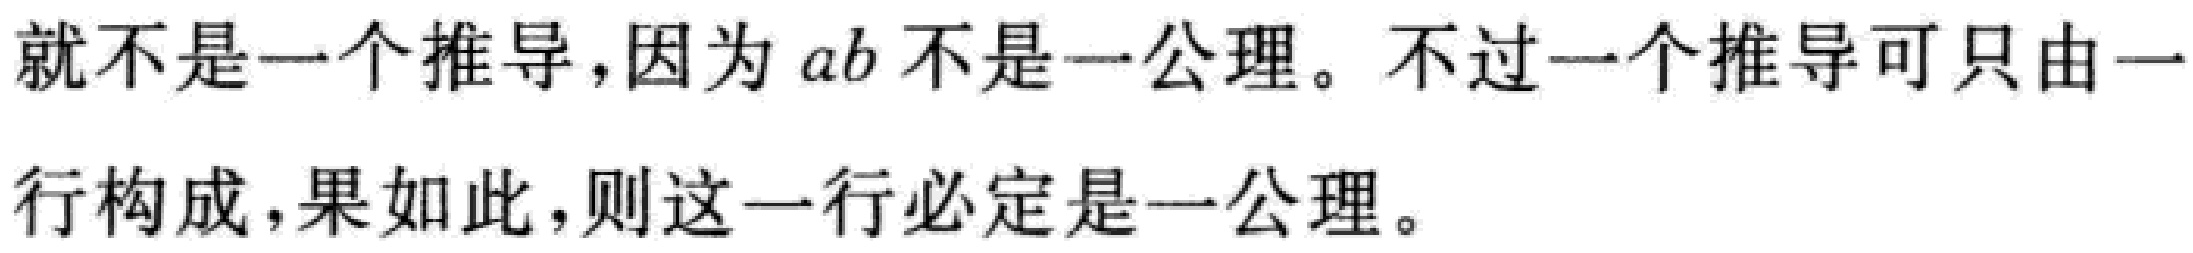
就不是一个推导,因为 \(ab\) 不是一公理。不过一个推导可只由一行构成,果如此,则这一行必定是一公理。